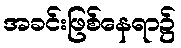
အခင်းဖြစ်နေရာ၌